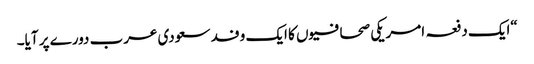
“ایک دفعہ امریکی صحافیوں کا ایک وفد سعودی عرب دورے پر آیا۔